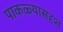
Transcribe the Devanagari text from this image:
पाकळ्यासदृश